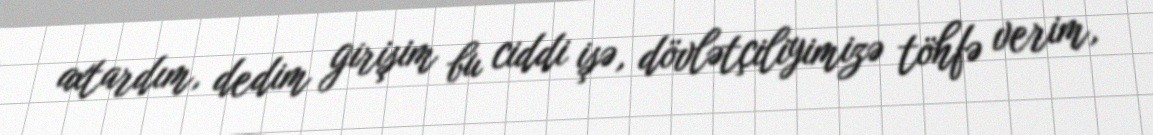
axtardım, dedim girişim bu ciddi işə, dövlətçiliyimizə töhfə verim,